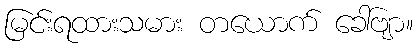
မြင်းရထားသမား တယောက် ခေါ်ဗျာ။